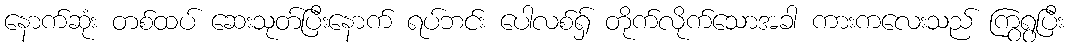
နောက်ဆုံး တစ်ထပ် ဆေးသုတ်ပြီးနောက် ရပ်ဘင်း ပေါလစ်ရှ် တိုက်လိုက်သောအခါ ကားကလေးသည် ကြွရွပြီး